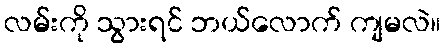
လမ်းကို သွားရင် ဘယ်လောက် ကျမလဲ။